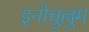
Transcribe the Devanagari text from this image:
इनोचुल्लुम